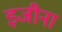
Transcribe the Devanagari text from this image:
इजीना